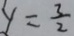
y = \frac { 3 } { 2 }